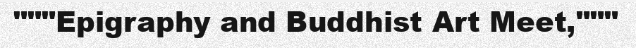
"""Epigraphy and Buddhist Art Meet,"""